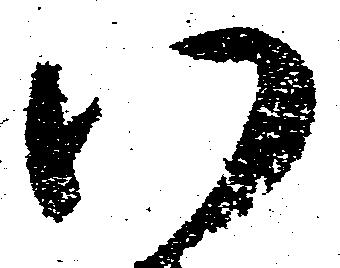
い